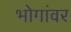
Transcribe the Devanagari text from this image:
भोगांवर